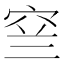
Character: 𱶳